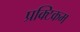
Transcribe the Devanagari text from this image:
प्रक्टिकम